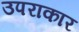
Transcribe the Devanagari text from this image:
उपराकार